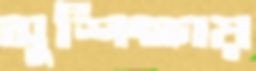
সুশিক্ষায়